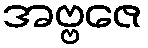
အဗ္ဗဇေ